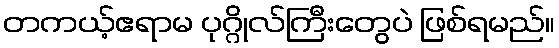
တကယ့်ဧရာမ ပုဂ္ဂိုလ်ကြီးတွေပဲ ဖြစ်ရမည်။